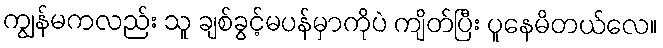
ကျွန်မကလည်း သူ ချစ်ခွင့်မပန်မှာကိုပဲ ကျိတ်ပြီး ပူနေမိတယ်လေ။